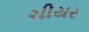
ચીયર